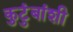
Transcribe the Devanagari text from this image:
कुटुंबांशी